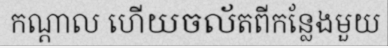
កណ្តាល ហើយចល័តពីកន្លែងមួយ